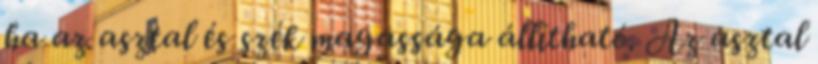
ha az asztal és szék magassága állítható. Az asztal